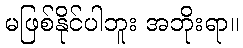
မဖြစ်နိုင်ပါဘူး အဘိုးရာ။